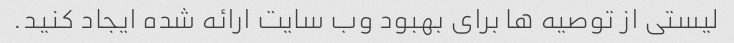
لیستی از توصیه ها برای بهبود وب سایت ارائه شده ایجاد کنید.